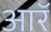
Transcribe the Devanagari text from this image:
आरॅ